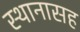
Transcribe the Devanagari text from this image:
स्थानासह